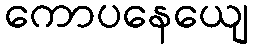
ကောပနေယျေ